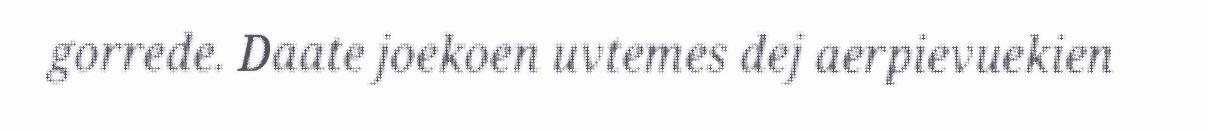
gorrede. Daate joekoen uvtemes dej aerpievuekien